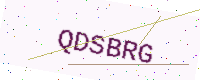
Text: QDSBRG